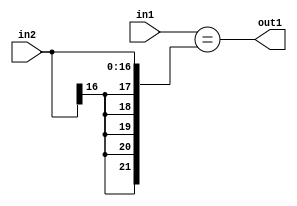
`timescale 1ps / 1ps
/*****************************************************************************
    Verilog RTL Description
    
    
    Created by: Stratus DpOpt 2019.1.01 
*******************************************************************************/

module st_weight_addr_gen_Equal_17Sx16U_1U_1 (
	in2,
	in1,
	out1
	); /* architecture "behavioural" */ 
input [16:0] in2;
input [15:0] in1;
output  out1;
wire  asc001;

assign asc001 = (in1=={{5{in2[16]}}, in2});

assign out1 = asc001;
endmodule

/* CADENCE  ubPxSw8= : u9/ySgnWtBlWxVPRXgAZ4Og= ** DO NOT EDIT THIS LINE ******/